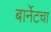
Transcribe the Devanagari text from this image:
बार्नेटचा